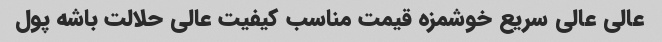
عالی عالی سریع خوشمزه قیمت مناسب کیفیت عالی حلالت باشه پول